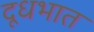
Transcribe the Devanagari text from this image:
दूधभात